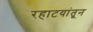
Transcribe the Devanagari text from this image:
रहाटयांतून